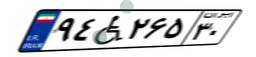
۹۴W۲۶۵۳۰